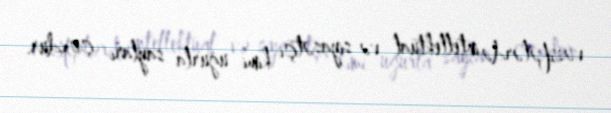
vəzifələrdə intellektual və siyasətçi kimi uğurla sayları çoxdur.